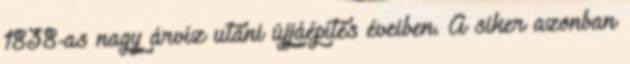
1838-as nagy árvíz utáni újjáépítés éveiben. A siker azonban